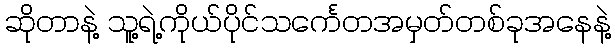
ဆိုတာနဲ့ သူ့ရဲ့ကိုယ်ပိုင်သင်္ကေတအမှတ်တစ်ခုအနေနဲ့